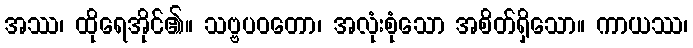
အဿ၊ ထိုရေအိုင်၏။ သဗ္ဗပဝတော၊ အလုံးစုံသော အစိတ်ရှိသော။ ကာယဿ၊